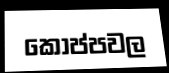
කෝප්පවල